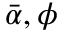
\bar { \alpha } , \phi